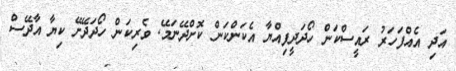
އަދި އެއްފަހަރު ރައީސްކަން ހޯދަދީފިއްޔާ އެކަންކަން ކޮށްދޭނަމޭ